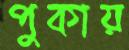
পুকায়